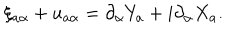
LaTeX: \xi _ { a \alpha } + u _ { a \alpha } = \partial _ { \alpha } Y _ { a } + i \partial _ { \alpha } X _ { a } .